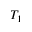
T _ { 1 }